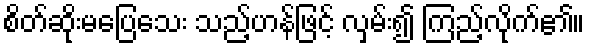
စိတ်ဆိုးမပြေသေး သည့်ဟန်ဖြင့် လှမ်း၍ ကြည့်လိုက်၏။